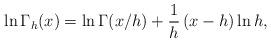
LaTeX: \begin{align*}\ln \Gamma_h(x) = \ln \Gamma(x/h) +{1\over h}\, (x-h)\ln h, \end{align*}